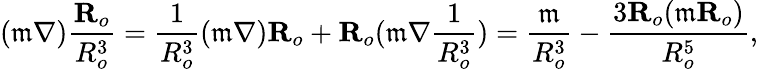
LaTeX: (\mathfrak{m}\nabla)\frac{\textbf{R}_{o}}{R_{o}^{3}}=\frac{1}{R_{o}^{3}}(\mathfrak{m}\nabla)\textbf{R}_{o}+\textbf{R}_{o}(\mathfrak{m}\nabla\frac{1}{R_{o}^{3}})=\frac{\mathfrak{m}}{R_{o}^{3}}-\frac{3\textbf{R}_{o}(\mathfrak{m}\textbf{R}_{o})}{R_{o}^{5}},